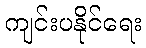
ကျင်းပနိုင်ရေး